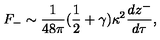
F _ { - } \sim \frac { 1 } { 4 8 \pi } ( \frac { 1 } { 2 } + \gamma ) \kappa ^ { 2 } \frac { d z ^ { - } } { d \tau } ,